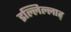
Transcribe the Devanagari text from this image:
इल्लिल्लाह्